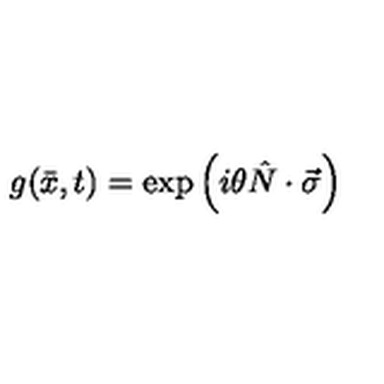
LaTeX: g ( \bar { x } , t ) = \exp \left( i \theta \hat { N } \cdot \vec { \sigma } \right)